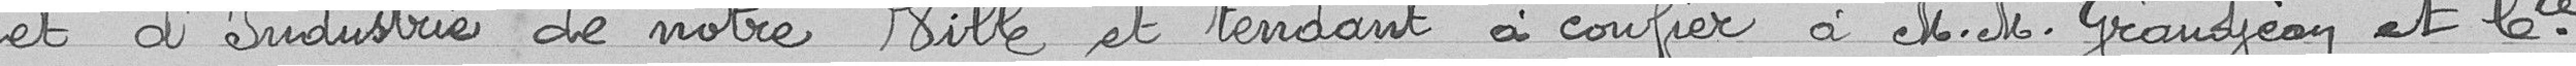
et d'Industrie de notre ville et tendant à confier à Messieurs Grandjean et Compagnie